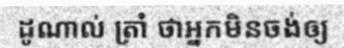
ដូណាល់ ត្រាំ ថាអ្នកមិនចង់ឲ្យ